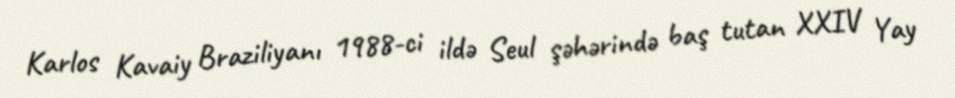
Karlos Kavaiy Braziliyanı 1988-ci ildə Seul şəhərində baş tutan XXIV Yay